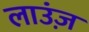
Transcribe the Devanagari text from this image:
लाउंज़